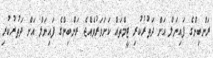
ރަންބިންގެ ފައިނަލް އަށް ދަތުރުކުރި ޓީމްތައް ކަށަވަރުވެއްޖެ ރަންބިންގެ ފައިނަލް އަށް ދަތުރުކުރި